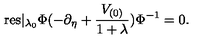
\mathrm { r e s } | _ { \lambda _ { 0 } } \Phi ( - \partial _ { \eta } + \frac { V _ { ( 0 ) } } { 1 + \lambda } ) \Phi ^ { - 1 } = 0 .